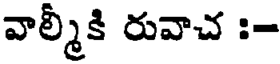
వాల్మీకి రువాచ :-